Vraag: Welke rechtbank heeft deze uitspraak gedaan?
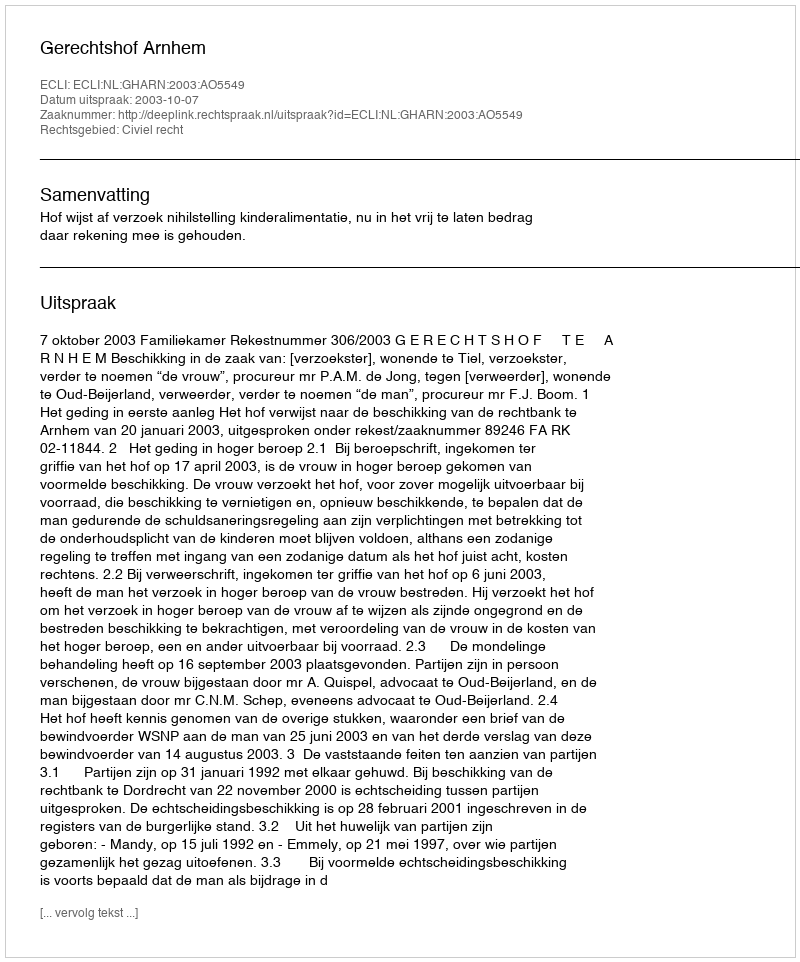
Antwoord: Gerechtshof Arnhem